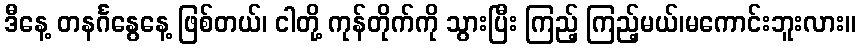
ဒီနေ့ တနင်္ဂနွေနေ့ ဖြစ်တယ်၊ ငါတို့ ကုန်တိုက်ကို သွားပြီး ကြည့် ကြည့်မယ်၊မကောင်းဘူးလား။